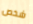
شخص